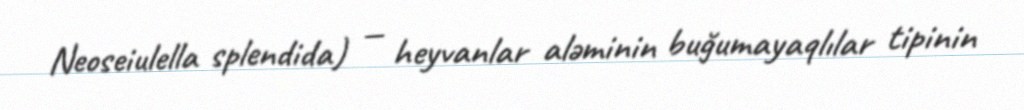
Neoseiulella splendida) — heyvanlar aləminin buğumayaqlılar tipinin